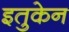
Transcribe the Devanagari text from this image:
इतुकेन